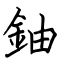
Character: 鈾